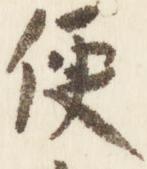
便